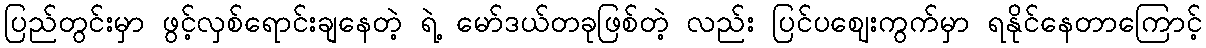
ပြည်တွင်းမှာ ဖွင့်လှစ်ရောင်းချနေတဲ့ ရဲ့ မော်ဒယ်တခုဖြစ်တဲ့ လည်း ပြင်ပဈေးကွက်မှာ ရနိုင်နေတာကြောင့်